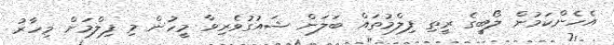
އެހެންކަމުން ލޯބީގެ ރީތި ފިލްމުތައް ބަލަން ޝައުގުވެރިވާ މީހުން މި ފިލްމަށް މިހާރު